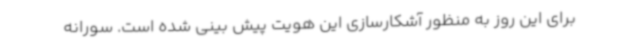
برای این روز به منظور آشکارسازی این هویت پیش بینی شده است. سورانه